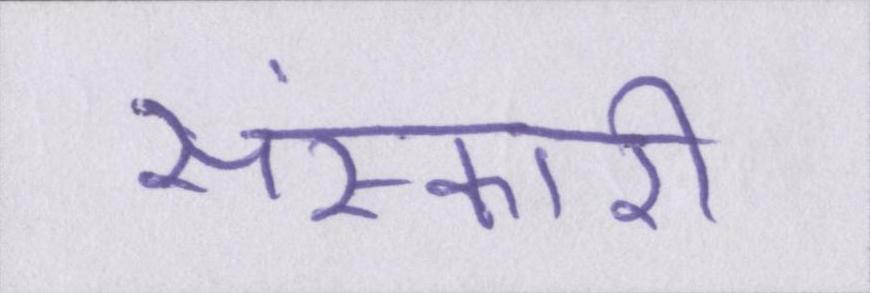
संस्कारी